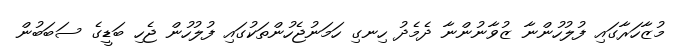
މުޒާހަރާގައި ފުލުހުންނާ ޒުވާނުންނާ ދެމެދު ހިނގި ހަމަނުޖެހުންތަކުގައި ފުލުހުން ޖެހި ބަޑީގެ ސަބަބުން